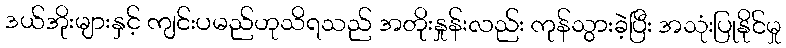
ဒယ်အိုးများနှင့် ကျင်းပမည်ဟုသိရသည် အတိုးနှုန်းလည်း ကုန်သွားခဲ့ပြီး အသုံးပြုနိုင်မှု